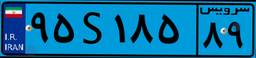
۶۲S۶۷۲۴۳